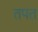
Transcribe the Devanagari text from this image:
तपत